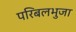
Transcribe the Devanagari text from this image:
परिबलभुजा